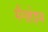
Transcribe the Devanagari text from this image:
मैंनहेइम